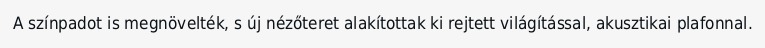
A színpadot is megnövelték, s új nézőteret alakítottak ki rejtett világítással, akusztikai plafonnal.